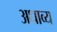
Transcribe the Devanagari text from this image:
अधाव्य